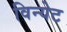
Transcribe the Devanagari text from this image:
विन्येट